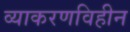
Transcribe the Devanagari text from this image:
व्याकरणविहीन